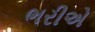
ભરીએ